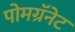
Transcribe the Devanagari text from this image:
पोमग्रॅनेट